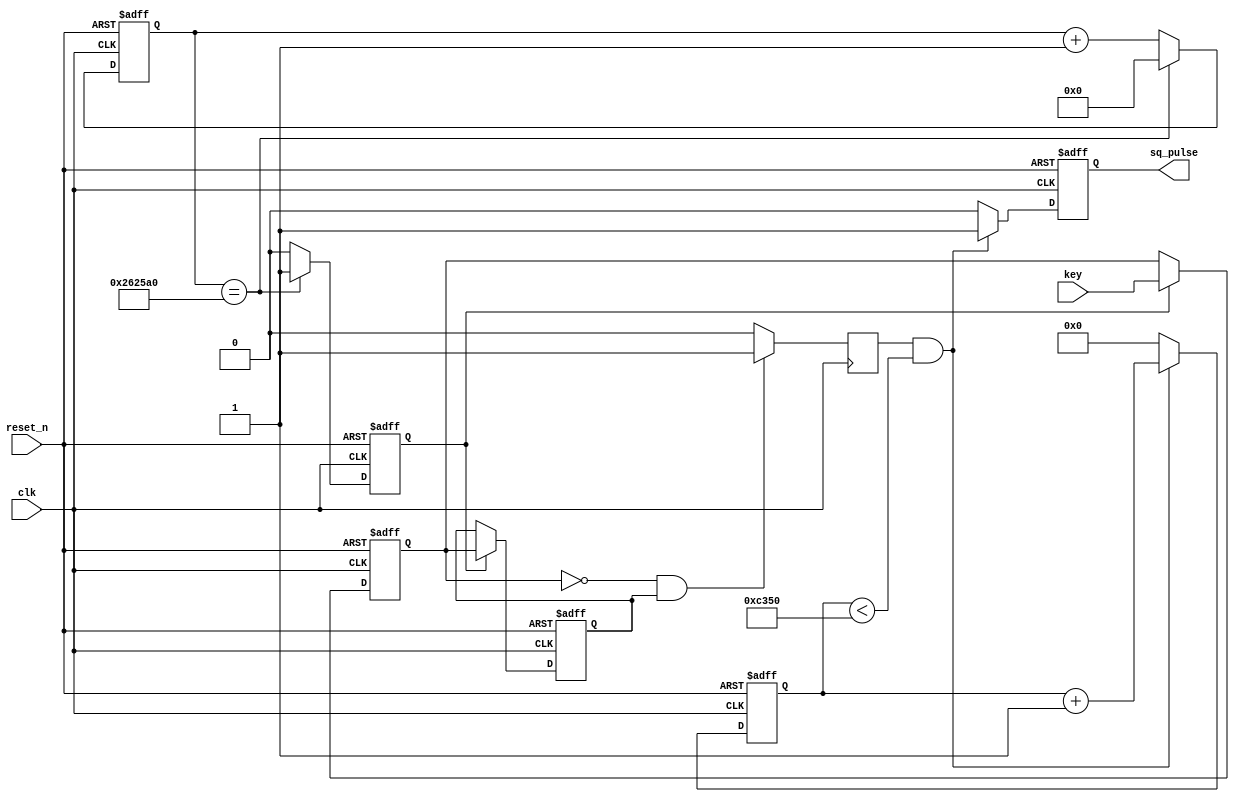
module pulse_module(input wire reset_n, input wire key,input wire clk,output reg  sq_pulse );
	reg clk_20hz;
	reg key_now;
	reg key_delay;
	reg key_down;//key_down=1  
	reg [31:0] cnt_20hz;
	reg [63:0] cnt_width;
	//reg sq_pulse;
	integer WAVE_WIDTH = 32'd50000;//1ms
	initial 
		begin 
			cnt_20hz <= 32'b0;
			cnt_width <= 32'b0;
			sq_pulse <= 1'b0;
		end
	
//clk_20hz 50ms
	always @(posedge clk or negedge reset_n)
		begin 
			if(!reset_n)
				begin
					cnt_20hz <= 32'd0;
					clk_20hz <= 32'd0;
				end
			else if(cnt_20hz == 32'd2500000)
				begin
					cnt_20hz <= 32'd0;
					clk_20hz <= 1'd1;//clk_20hz50msclk
				end
			else 
				begin
					clk_20hz <= 1'd0;
					cnt_20hz <= cnt_20hz + 1'b1;
				end
		end

//key_down50ms
	always @(posedge clk or negedge reset_n)
		begin
			if(!reset_n)
				begin
					key_now <= 1'b1;
					key_delay <= 1'b1;
				end
			else if(clk_20hz)
				begin
					key_delay <= key_now;
					key_now <= key;
				end
			else
					key_now <= key_now;
		end

	always @(posedge clk)
		begin
			if(key_now == 1'b0 && key_delay == 1'b1)
				begin
					key_down <= 1'b1;
				end
			else
				begin
					key_down <= 1'b0;
				end
		end

//key_downWAVE_WIDTHsq_pulse
	always @(posedge clk or negedge reset_n)
		begin
			if(!reset_n)
				begin
					cnt_width <= 32'b0;
					sq_pulse <= 1'b0;
				end
			else if(key_down == 1'b1 && cnt_width < WAVE_WIDTH)
				begin
					cnt_width <= cnt_width + 1'b1;
					sq_pulse <= 1'b1;
				end
			else
				begin
					cnt_width <= 1'b0;
					sq_pulse <= 1'b0;
				end
		end

endmodule